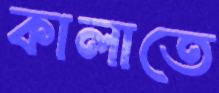
কালাতে